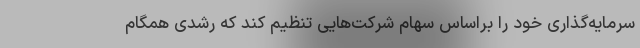
سرمایه‌گذاری خود را براساس سهام شرکت‌هایی تنظیم کند که رشدی همگام